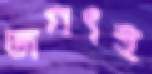
জগৎই